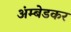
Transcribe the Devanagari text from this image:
अंम्बेडकर